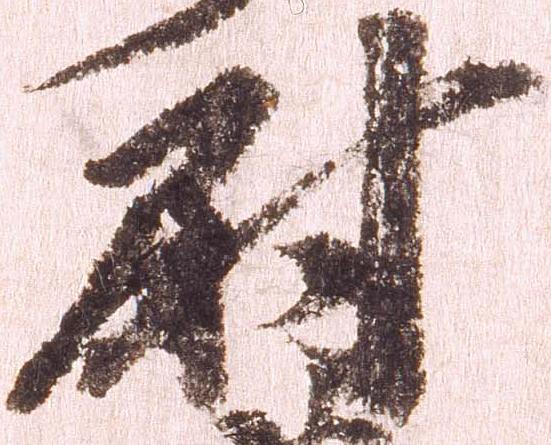
尉